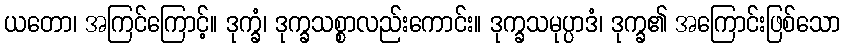
ယတော၊ အကြင်ကြောင့်။ ဒုက္ခံ၊ ဒုက္ခသစ္စာလည်းကောင်း။ ဒုက္ခသမုပ္ပာဒံ၊ ဒုက္ခ၏ အကြောင်းဖြစ်သော